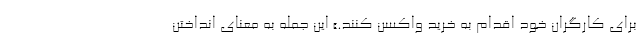
برای کارگران خود اقدام به خرید واکسن کنند.» این جمله به معنای انداختن